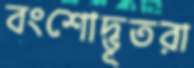
বংশোদ্ভূতরা